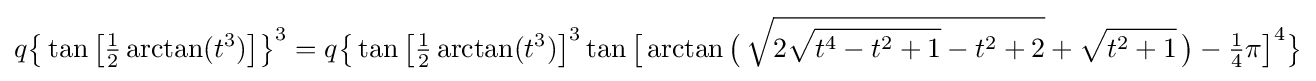
q{\bigl \{}\tan {\bigl [}{\tfrac {1}{2}}\arctan(t^{3}){\bigr ]}{\bigr \}}^{3}=q{\bigl \{}\tan {\bigl [}{\tfrac {1}{2}}\arctan(t^{3}){\bigr ]}^{3}\tan {\bigl [}\arctan {\bigl (}\,{\sqrt {2{\sqrt {t^{4}-t^{2}+1}}-t^{2}+2}}+{\sqrt {t^{2}+1}}\,{\bigr )}-{\tfrac {1}{4}}\pi {\bigr ]}^{4}{\bigr \}}